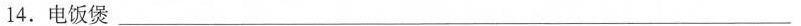
14.电饭煲